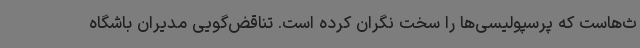
ث‌هاست که پرسپولیسی‌ها را سخت نگران کرده است. تناقض‌گویی مدیران باشگاه